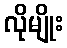
လိုမျိုး